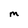
Character: M